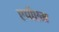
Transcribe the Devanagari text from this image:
एपीएम